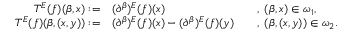
\begin{array} { r l r l } { T ^ { E } ( f ) ( \beta , x ) : = } & { ( \partial ^ { \beta } ) ^ { E } ( f ) ( x ) } & & { , \; ( \beta , x ) \in \omega _ { 1 } , } \\ { T ^ { E } ( f ) ( \beta , ( x , y ) ) : = } & { ( \partial ^ { \beta } ) ^ { E } ( f ) ( x ) - ( \partial ^ { \beta } ) ^ { E } ( f ) ( y ) } & & { , \; ( \beta , ( x , y ) ) \in \omega _ { 2 } . } \end{array}